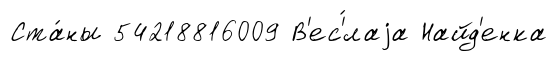
Ста́ны 54218816009 В'ес'́лаjа Найд'енка